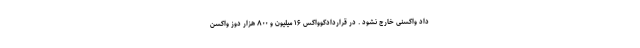
داد واکسنی خارج نشود . در قراردادکوواکس ۱۶ میلیون و ۸۰۰ هزار دوز واکسن